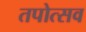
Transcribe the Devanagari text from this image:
तपोत्सव